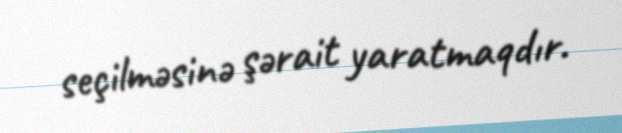
seçilməsinə şərait yaratmaqdır.